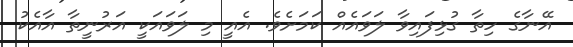
އޭނާގެ ހިތާ ގުޅިފައިވާ ލަވައެއް ކަމަށެވެ. އެއީ މި ލަވައަކީ އަރުނީތާ އާއެކު